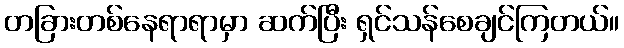
တခြားတစ်နေရာရာမှာ ဆက်ပြီး ရှင်သန်စေချင်ကြတယ်။